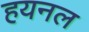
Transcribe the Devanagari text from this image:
हयनल